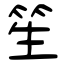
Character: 笙